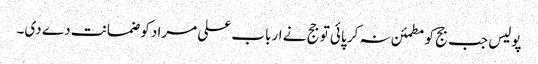
پولیس جب جج کو مطمئن نہ کر پائی تو جج نے ارباب علی مراد کو ضمانت دے دی۔